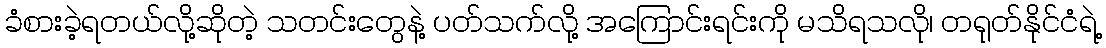
ခံစားခဲ့ရတယ်လို့ဆိုတဲ့ သတင်းတွေနဲ့ ပတ်သက်လို့ အကြောင်းရင်းကို မသိရသလို၊ တရုတ်နိုင်ငံရဲ့